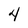
Character: 4